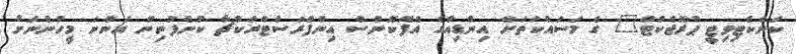
ކަނެކްޓިވިޓީ ޕްރޮޖެކްޓް" ގެ މަސައްކަތަށް އިންޑިއާގެ އެފޮކޮންސް އިންފްރަސްޓްރަކްޗާ ކުންފުނިން އަންނަ މީހުންނަށް